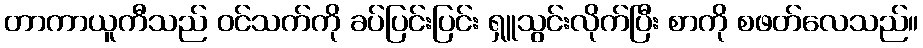
တာကာယူကီသည် ဝင်သက်ကို ခပ်ပြင်းပြင်း ရှူသွင်းလိုက်ပြီး စာကို စဖတ်လေသည်။